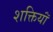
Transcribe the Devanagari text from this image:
शक्तियॉं